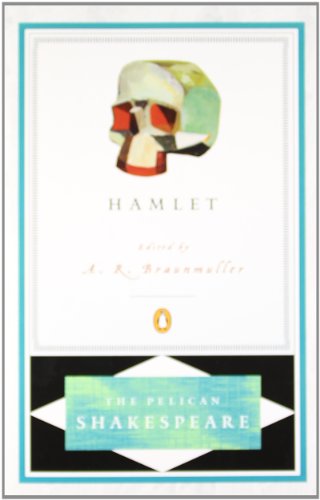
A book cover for Hamlet (The Pelican Shakespeare); William  Shakespeare; Literature & Fiction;